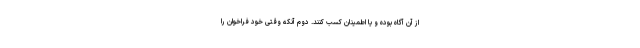
از آن آگاه بوده و یا اطمینان کسب کنند. دوم آنکه وقتی خود فراخوان را